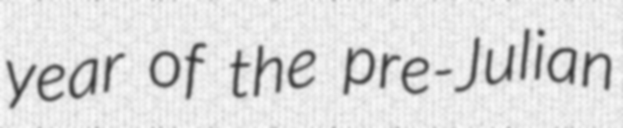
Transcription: year of the pre-Julian